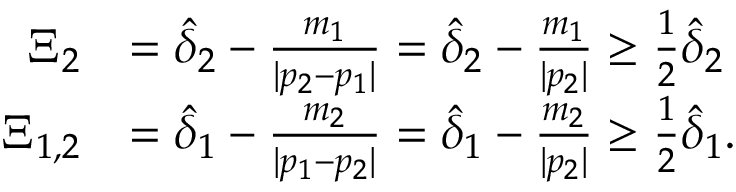
\begin{array} { r l } { \Xi _ { 2 } } & { = \hat { \delta } _ { 2 } - \frac { m _ { 1 } } { | p _ { 2 } - p _ { 1 } | } = \hat { \delta } _ { 2 } - \frac { m _ { 1 } } { | p _ { 2 } | } \geq \frac 1 2 \hat { \delta } _ { 2 } } \\ { \Xi _ { 1 , 2 } } & { = \hat { \delta } _ { 1 } - \frac { m _ { 2 } } { | p _ { 1 } - p _ { 2 } | } = \hat { \delta } _ { 1 } - \frac { m _ { 2 } } { | p _ { 2 } | } \geq \frac 1 2 \hat { \delta } _ { 1 } . } \end{array}